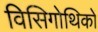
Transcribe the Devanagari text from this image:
विसिगोथिकों